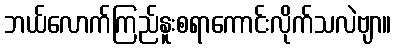
ဘယ်လောက်ကြည်နူးစရာကောင်းလိုက်သလဲဗျာ။